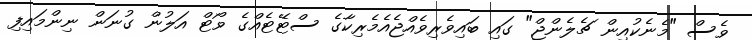
ވެސް "މެނެކުއިން ޗެލެންޖް" ގައި ބައިވެރިވެއްޖެއެމެރިކާގެ ސްޓޭޓެއްގެ ވޯޓް އަލުން ގުނަން ނިންމައިފި